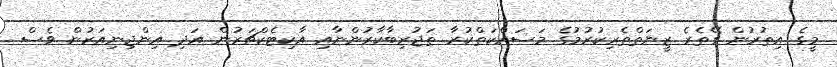
މީގެ އިތުރުން ގޭތެރެ ޒީނަތްތެރިކުރުމުގެ މަސައްކަތްކުރާ ތަޖުރިބާކާރުންނާއި އާކިޓެކްޗަރުން އަދި އިންޖިނިއަރުން ވެސް